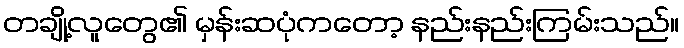
တချို့လူတွေ၏ မှန်းဆပုံကတော့ နည်းနည်းကြမ်းသည်။